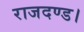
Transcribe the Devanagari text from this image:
राजदण्ड।